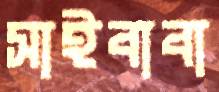
সাইবাবা